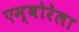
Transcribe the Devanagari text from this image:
एम्बोरेला